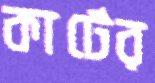
কার্টের